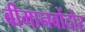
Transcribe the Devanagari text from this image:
बीमानबोंदोर